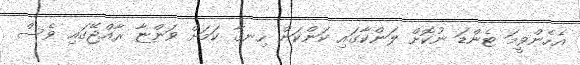
އެހެންވީމަ ޓެންޑަ ނުކޮށް ލަންކާގައި ކަންކަން ހިނގާ ކަމަށް ވަންޏާ ރާއްޖޭގައި ވެސް